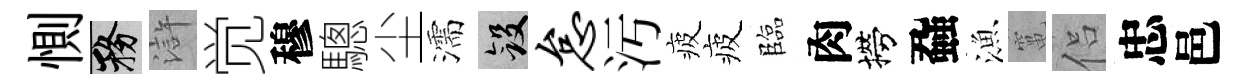
惻務滸觉穆驄尘濡斂怠汚疲疲臨肉撈蝨漁𥧄侣忠邑